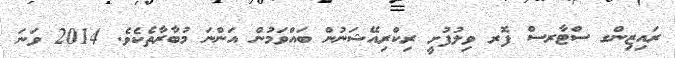
ރައިޒިންގ ސްޓާރސް ފޮރ ވިލުފުށީ ރިކްރިއޭޝަނުން ބައްވަމުން އަންނަ މުބާރާތެކެވެ. 2014 ވަނަ